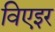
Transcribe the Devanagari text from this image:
विएइर